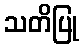
သတိပြု